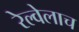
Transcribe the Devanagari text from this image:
रेल्वेलाच